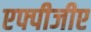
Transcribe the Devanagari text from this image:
एफ्पीजीए